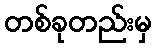
တစ်ခုတည်းမှ